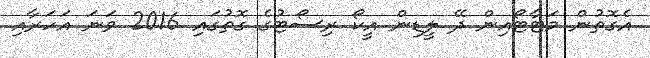
އެގޮތުން މަޓާޓޯއިން ދޭ ލީޑިން އީކޯ ރިސޯޓުގެ ގޮތުގައި 2016 ވަނަ އަހަރާއި